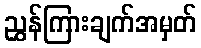
ညွှန်ကြားချက်အမှတ်